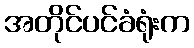
အတိုင်ပင်ခံရုံးက